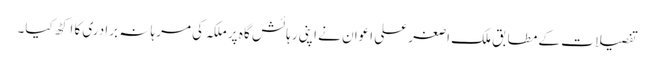
تفصیلات کے مطابق ملک ا صغر علی اعوان نے اپنی رہائش گا ہ پر ملکہ کی مرہا نہ برادری کا اکٹھ کیا۔